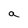
Character: a